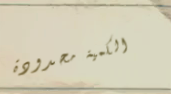
الكمية محدودة